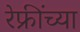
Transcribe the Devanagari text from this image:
रेफ्रींच्या